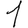
Digit: 1